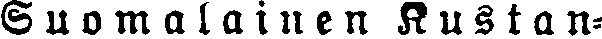
Suomalainen Kustan-